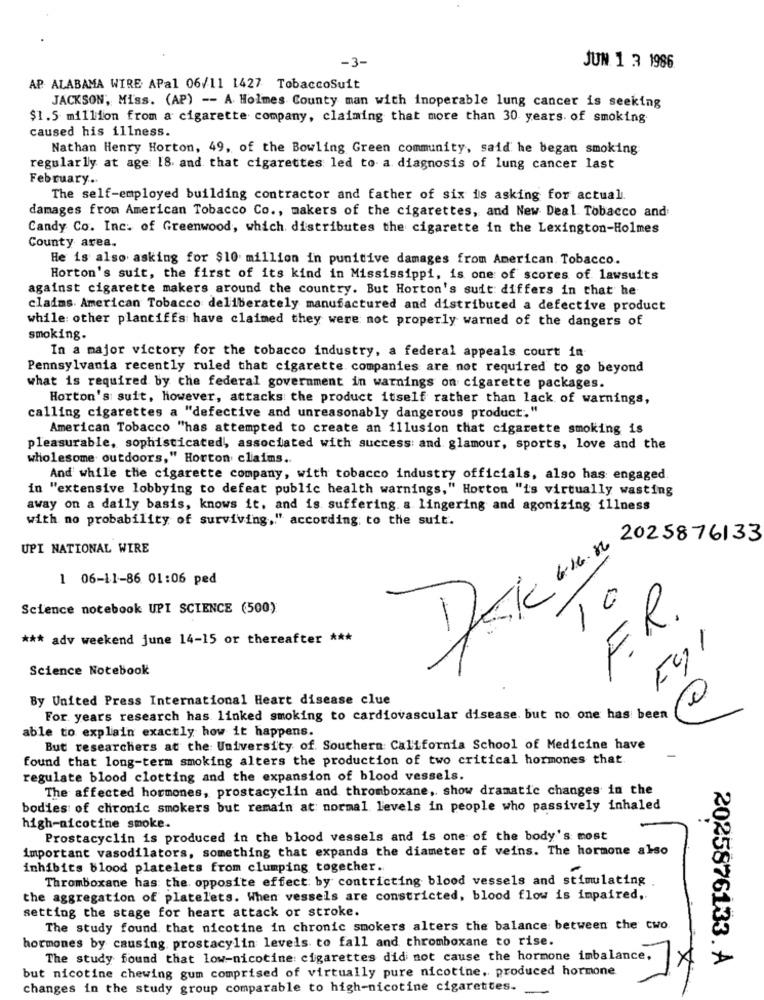
-3-
JUN 1 3 1986
AP ALABAMA WIRE APal 06/11 1427 TobaccoSuit
JACKSON, Miss. (AP) -- A Holmes County man with inoperable lung cancer is seeking
$1.5 million from a cigarette company, claiming that more than 30 years of smoking
caused his illness.
Nathan Henry Horton, 49, of the Bowling Green community, said he began smoking
regularly at age 18 and that cigarettes led to a diagnosis of lung cancer last
February ..
The self-employed building contractor and father of six is asking for actual
damages from American Tobacco Co ., makers of the cigarettes, and New Deal Tobacco and
Candy Co. Inc. of Greenwood, which distributes the cigarette in the Lexington-Holmes
County area.
He is also asking for $10 million in punitive damages from American Tobacco.
Horton's suit, the first of its kind in Mississippi, is one of scores of lawsuits
against cigarette makers around the country. But Horton's suit differs in that he
claims. American Tobacco deliberately manufactured and distributed a defective product
while: other plantiffs have claimed they were not properly warned of the dangers of
smoking.
In a major victory for the tobacco industry, a federal appeals court in
Pennsylvania recently ruled that cigarette companies are not required to go beyond
what is required by the federal government in warnings on cigarette packages.
Horton's suit, however, attacks the product itself rather than lack of warnings,
calling cigarettes a "defective and unreasonably dangerous product."
American Tobacco "has attempted to create an illusion that cigarette smoking is
pleasurable, sophisticated, associated with success: and glamour, sports, love and the
wholesome outdoors," Horton claims.
And while the cigarette company, with tobacco industry officials, also has engaged
in "extensive lobbying to defeat public health warnings," Horton "is virtually wasting
away on a daily basis, knows it, and is suffering. a lingering and agonizing illness
with no probability of surviving," according to the suit.
2025876133
UPI NATIONAL WIRE
1 06-11-86 01:06 ped
10
Science notebook UPI SCIENCE (500)
F.R.
*** adv weekend june 14-15 or thereafter ***
F91
Science Notebook
By United Press International Heart disease clue
For years research has linked smoking to cardiovascular disease. but no one has been
able to explain exactly how it happens.
But researchers at the University of Southern California School of Medicine have
found that long-term smoking alters the production of two critical hormones that.
regulate blood clotting and the expansion of blood vessels.
The affected hormones, prostacyclin and thromboxane, show dramatic changes in the
bodies of chronic smokers but remain at normal levels in people who passively inhaled
high-nicotine smoke.
Prostacyclin is produced in the blood vessels and is one of the body's most
important vasodilators, something that expands the diameter of veins. The hormone also
inhibits blood platelets from clumping together.
Thromboxane has the opposite effect by contricting blood vessels and stimulating
the aggregation of platelets. When vessels are constricted, blood flow is impaired,
setting the stage for heart attack or stroke.
The study found that nicotine in chronic smokers alters the balance between the two.
hormones by causing prostacylin levels to fall and thromboxane to rise.
The study found that low-nicotine cigarettes did not cause the hormone imbalance,
2025876133. A
but nicotine chewing gum comprised of virtually pure nicotine. produced hormone
changes in the study group comparable to high-nicotine cigarettes.